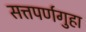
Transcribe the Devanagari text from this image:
सत्तपर्णगुहा